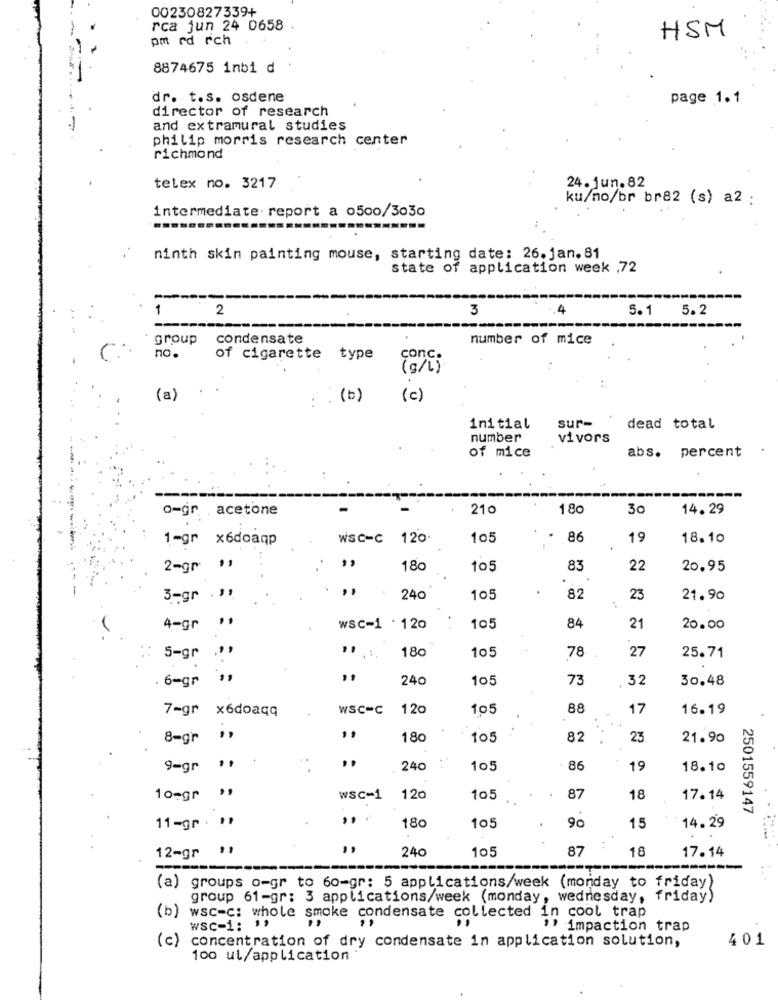
00230827339+
rca jun 24 0658
HSM
pm rd rch
8874675 inbi d
dr. t.s. osdene
page 1.1
director of research
and extramural studies
philip morris research center
richmond
telex no. 3217
24. jun.82
ku/no/br br82 (s) a2 :
intermediate. report a 0500/3030
ninth skin painting mouse, starting date: 26.jan.81
state of application week ,72
1
2
3
4
5.1
5.2
group
condensate
number of mice
no.
of cigarette type
conc.
(g/l)
(a)
(b)
..
(c)
initial
sur-
dead total
number
vivors
of mice
abs.
percent
o-gr. acetone
210
180
30
14. 29
1-gr x6doaqp
WSC-C 120
105
86
19
18.10
2-gr ",
180
105
83
22
20.95
3-gr . ",
240
105
82
23
21.90
,,
4-gr
wSc-1 . 120
105
84
21
20.00
180
105
27
25.71
5-gr
78
. 6-gr
240
105
73
32
30.48
7-gr x6doaqq
wSC=C 120
105
88
17
16.19
8-gr
180
105
82
23
21.90
9=gr
240
105
86
19
18.10
10-gr ",
wSc-1
120
105
87
18
17.14
2501559147
90
11-gr . ",
180
105
15
14.29
12-gr "1
240
105
87
18
17.14
---
..
(a) groups o=gr to 60-gr: 5 applications/week (monday to friday)
group 61-gr: 3 applications/week (monday, wednesday, friday)
(b) wsc=c: whole smoke condensate collected in cool trap
WSC-1: ",
"' impaction trap
(c) concentration of dry condensate in application solution,
401
100 ul/application